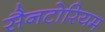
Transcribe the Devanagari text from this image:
सैनटोरियम